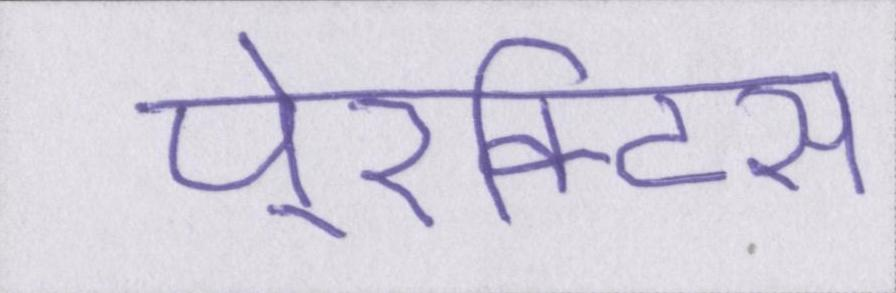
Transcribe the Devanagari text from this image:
पे्रक्टिस